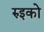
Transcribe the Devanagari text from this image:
रुइको